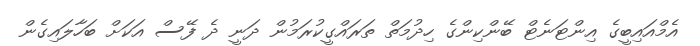
އެމްއައިބީގެ އިންޓަނެޓް ބޭންކިންގެ ހިދުމަތް ތަރައްގީކުރަމުން ދަނީ ދެ ފޭސް އަކަށް ބަހާލައިގެން